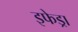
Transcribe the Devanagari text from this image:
इफेड्रा